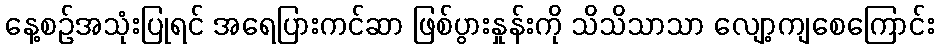
နေ့စဉ်အသုံးပြုရင် အရေပြားကင်ဆာ ဖြစ်ပွားနှုန်းကို သိသိသာသာ လျော့ကျစေကြောင်း